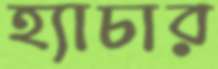
হ্যাচার